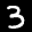
Label: 3